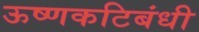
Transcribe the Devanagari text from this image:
ऊष्णकटिबंधी